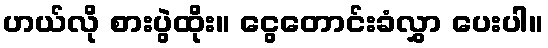
ဟယ်လို စားပွဲထိုး။ ငွေတောင်းခံလွှာ ပေးပါ။